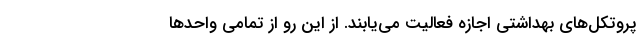
پروتکل‌های بهداشتی اجازه فعالیت می‌یابند. از این رو از تمامی واحدها